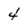
Character: 4